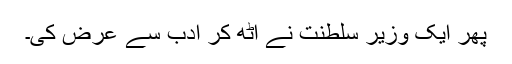
پھر ایک وزیر سلطنت نے اٹھ کر ادب سے عرض کی۔